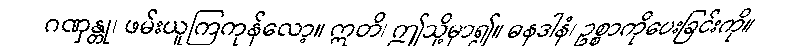
ဂဏှန္တု၊ ဖမ်းယူကြကုန်လော့။ ဣတိ၊ ဤသို့မှာ၍။ ဓနဒါနံ၊ ဥစ္စာကိုပေးခြင်းကို။